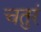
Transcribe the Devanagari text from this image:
चतुरं